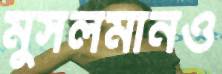
মুসলমানও